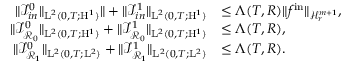
\begin{array} { r l } { \Vert \mathcal { I } _ { i n } ^ { 0 } \Vert _ { \mathrm { L } ^ { 2 } ( 0 , T ; \mathrm { H } ^ { 1 } ) } \Vert + \Vert \mathcal { I } _ { i n } ^ { 1 } \Vert _ { \mathrm { L } ^ { 2 } ( 0 , T ; \mathrm { H } ^ { 1 } ) } } & { \leq \Lambda ( T , R ) \Vert f ^ { \mathrm { i n } } \Vert _ { \mathcal { H } _ { r } ^ { m + 1 } } , } \\ { \Vert \mathcal { I } _ { \mathcal { R } _ { 0 } } ^ { 0 } \Vert _ { \mathrm { L } ^ { 2 } ( 0 , T ; \mathrm { H } ^ { 1 } ) } + \Vert \mathcal { I } _ { \mathcal { R } _ { 0 } } ^ { 1 } \Vert _ { \mathrm { L } ^ { 2 } ( 0 , T ; \mathrm { H } ^ { 1 } ) } } & { \leq \Lambda ( T , R ) , } \\ { \Vert \mathcal { I } _ { \mathcal { R } _ { 1 } } ^ { 0 } \Vert _ { \mathrm { L } ^ { 2 } ( 0 , T ; \mathrm { L } ^ { 2 } ) } + \Vert \mathcal { I } _ { \mathcal { R } _ { 1 } } ^ { 1 } \Vert _ { \mathrm { L } ^ { 2 } ( 0 , T ; \mathrm { L } ^ { 2 } ) } } & { \leq \Lambda ( T , R ) . } \end{array}